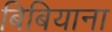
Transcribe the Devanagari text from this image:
बिबियाना